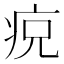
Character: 𱱎